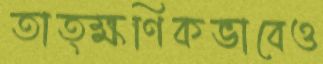
তাত্ক্ষণিকভাবেও